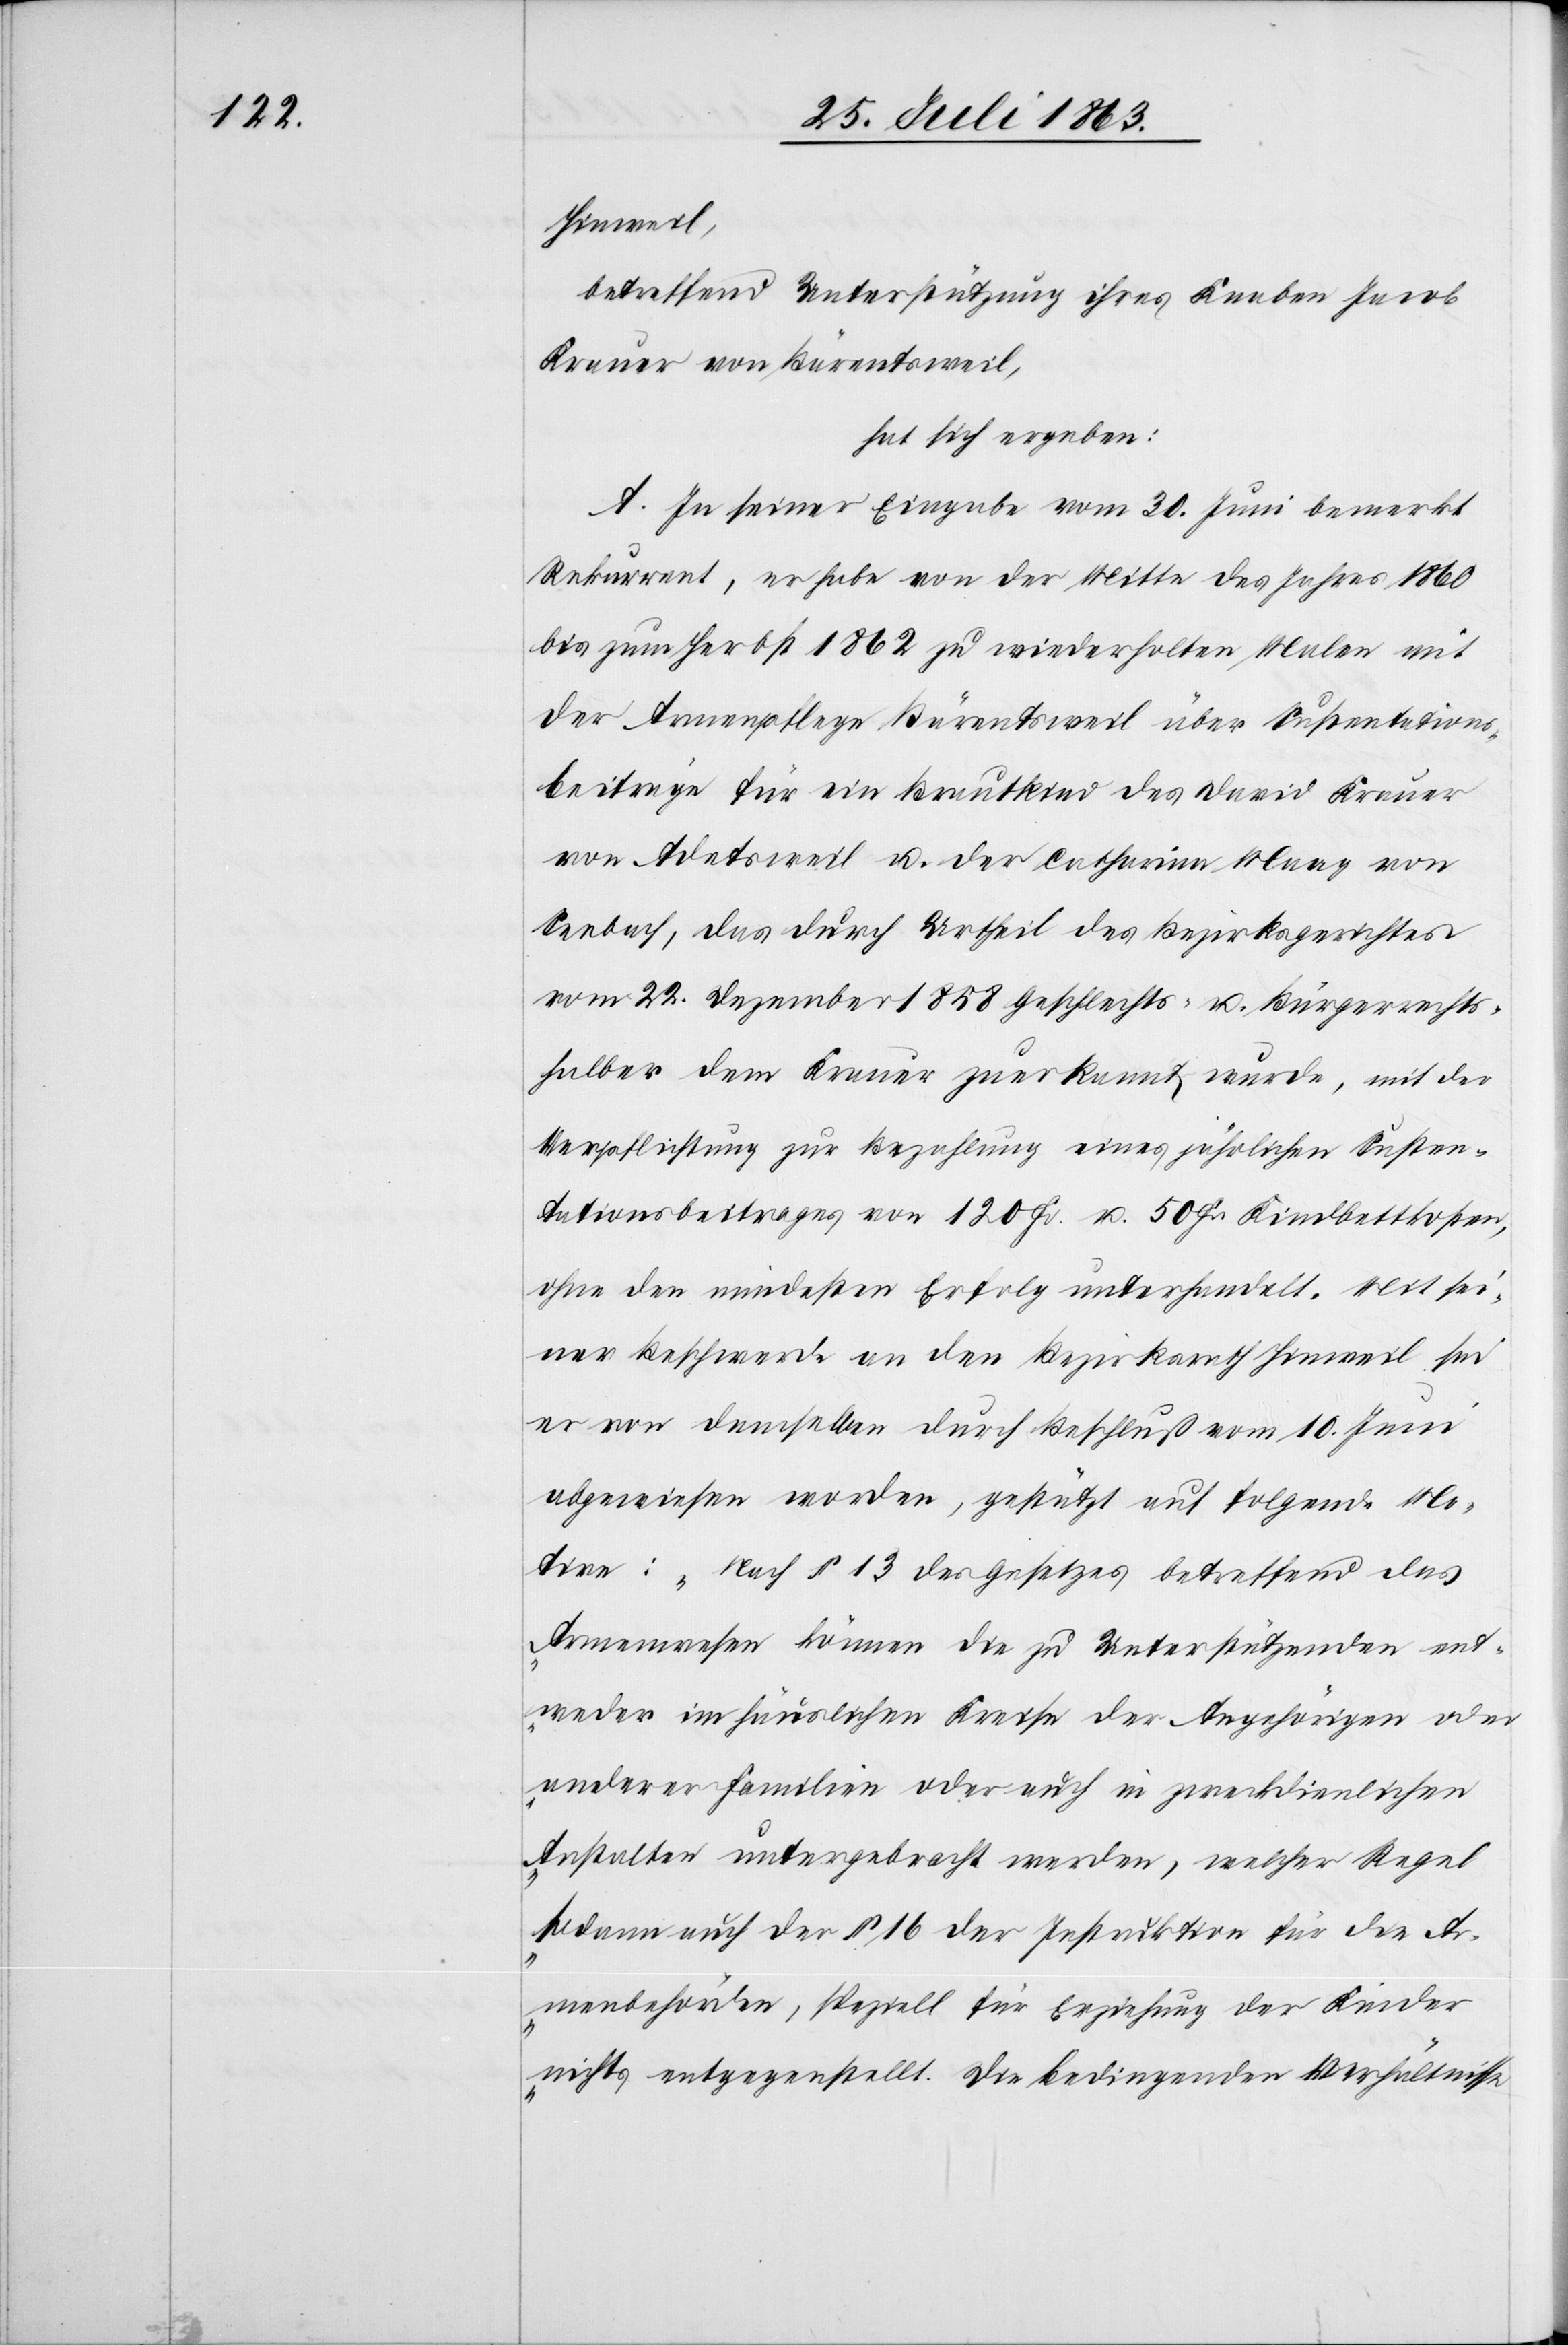
Hinweil,
betreffend Unterstützung ihres Knaben Jacob
Krauer von Bärentsweil,
hat sich ergeben:
A. In seiner Eingabe vom 30. Juni bemerkt
Rekurrent, er habe von der Mitte des Jahres 1860
bis zum Herbst 1862 zu wiederholten Malen mit
der Armenpflege Bärentsweil über Sustentations¬
beiträge für ein Brautkind des David Krauer
von Adetsweil u. der Catharina Maag von
Seebach, das durch Urtheil des Bezirksgerichtes
vom 22. Dezember 1858 Geschlechts- u. Bürgerrechts¬
halber dem Krauer zuerkannt wurde, mit der
Verpflichtung zur Bezahlung eines jährlichen Susten¬
tationsbeitrages von 120 Fr. u. 50 Fr. Kindbettkosten,
ohne den mindesten Erfolg unterhandelt. Mit sei¬
ner Beschwerde an den Bezirksrath Hinweil sei
er von demselben durch Beschluß vom 10. Juni
abgewiesen worden, gestützt auf folgende Mo¬
tive: „Nach § 13 des Gesetzes betreffend das
Armenwesen können die zu Unterstützenden ent¬
weder im häuslichen Kreise der Angehörigen oder
anderer Familien oder auch in zweckdienlichen
Anstalten untergebracht werden, welcher Regel
sodann auch der § 16 der Instruktion für die Ar¬
menbehörden, speziell für Erziehung der Kinder
nichts entgegenstellt. Die bedingenden Verhältnisse